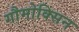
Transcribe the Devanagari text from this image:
गौमोक्सिन